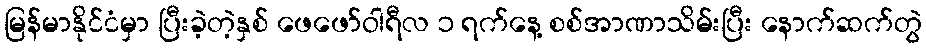
မြန်မာနိုင်ငံမှာ ပြီးခဲ့တဲ့နှစ် ဖေဖော်ဝါရီလ ၁ ရက်နေ့ စစ်အာဏာသိမ်းပြီး နောက်ဆက်တွဲ